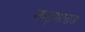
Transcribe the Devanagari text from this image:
माड़माउड